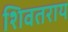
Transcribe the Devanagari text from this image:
शिवतराय